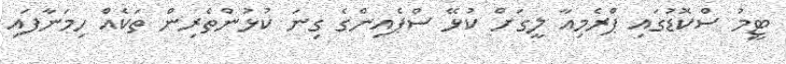
ޓީމު ސްކޮޑުގައި ޕްރެމިއާ ލީގަށް ކުޅޭ ސްޕެއިންގެ ގިނަ ކުޅުންތެރިން ތަކެއް ހިމަނާފައި